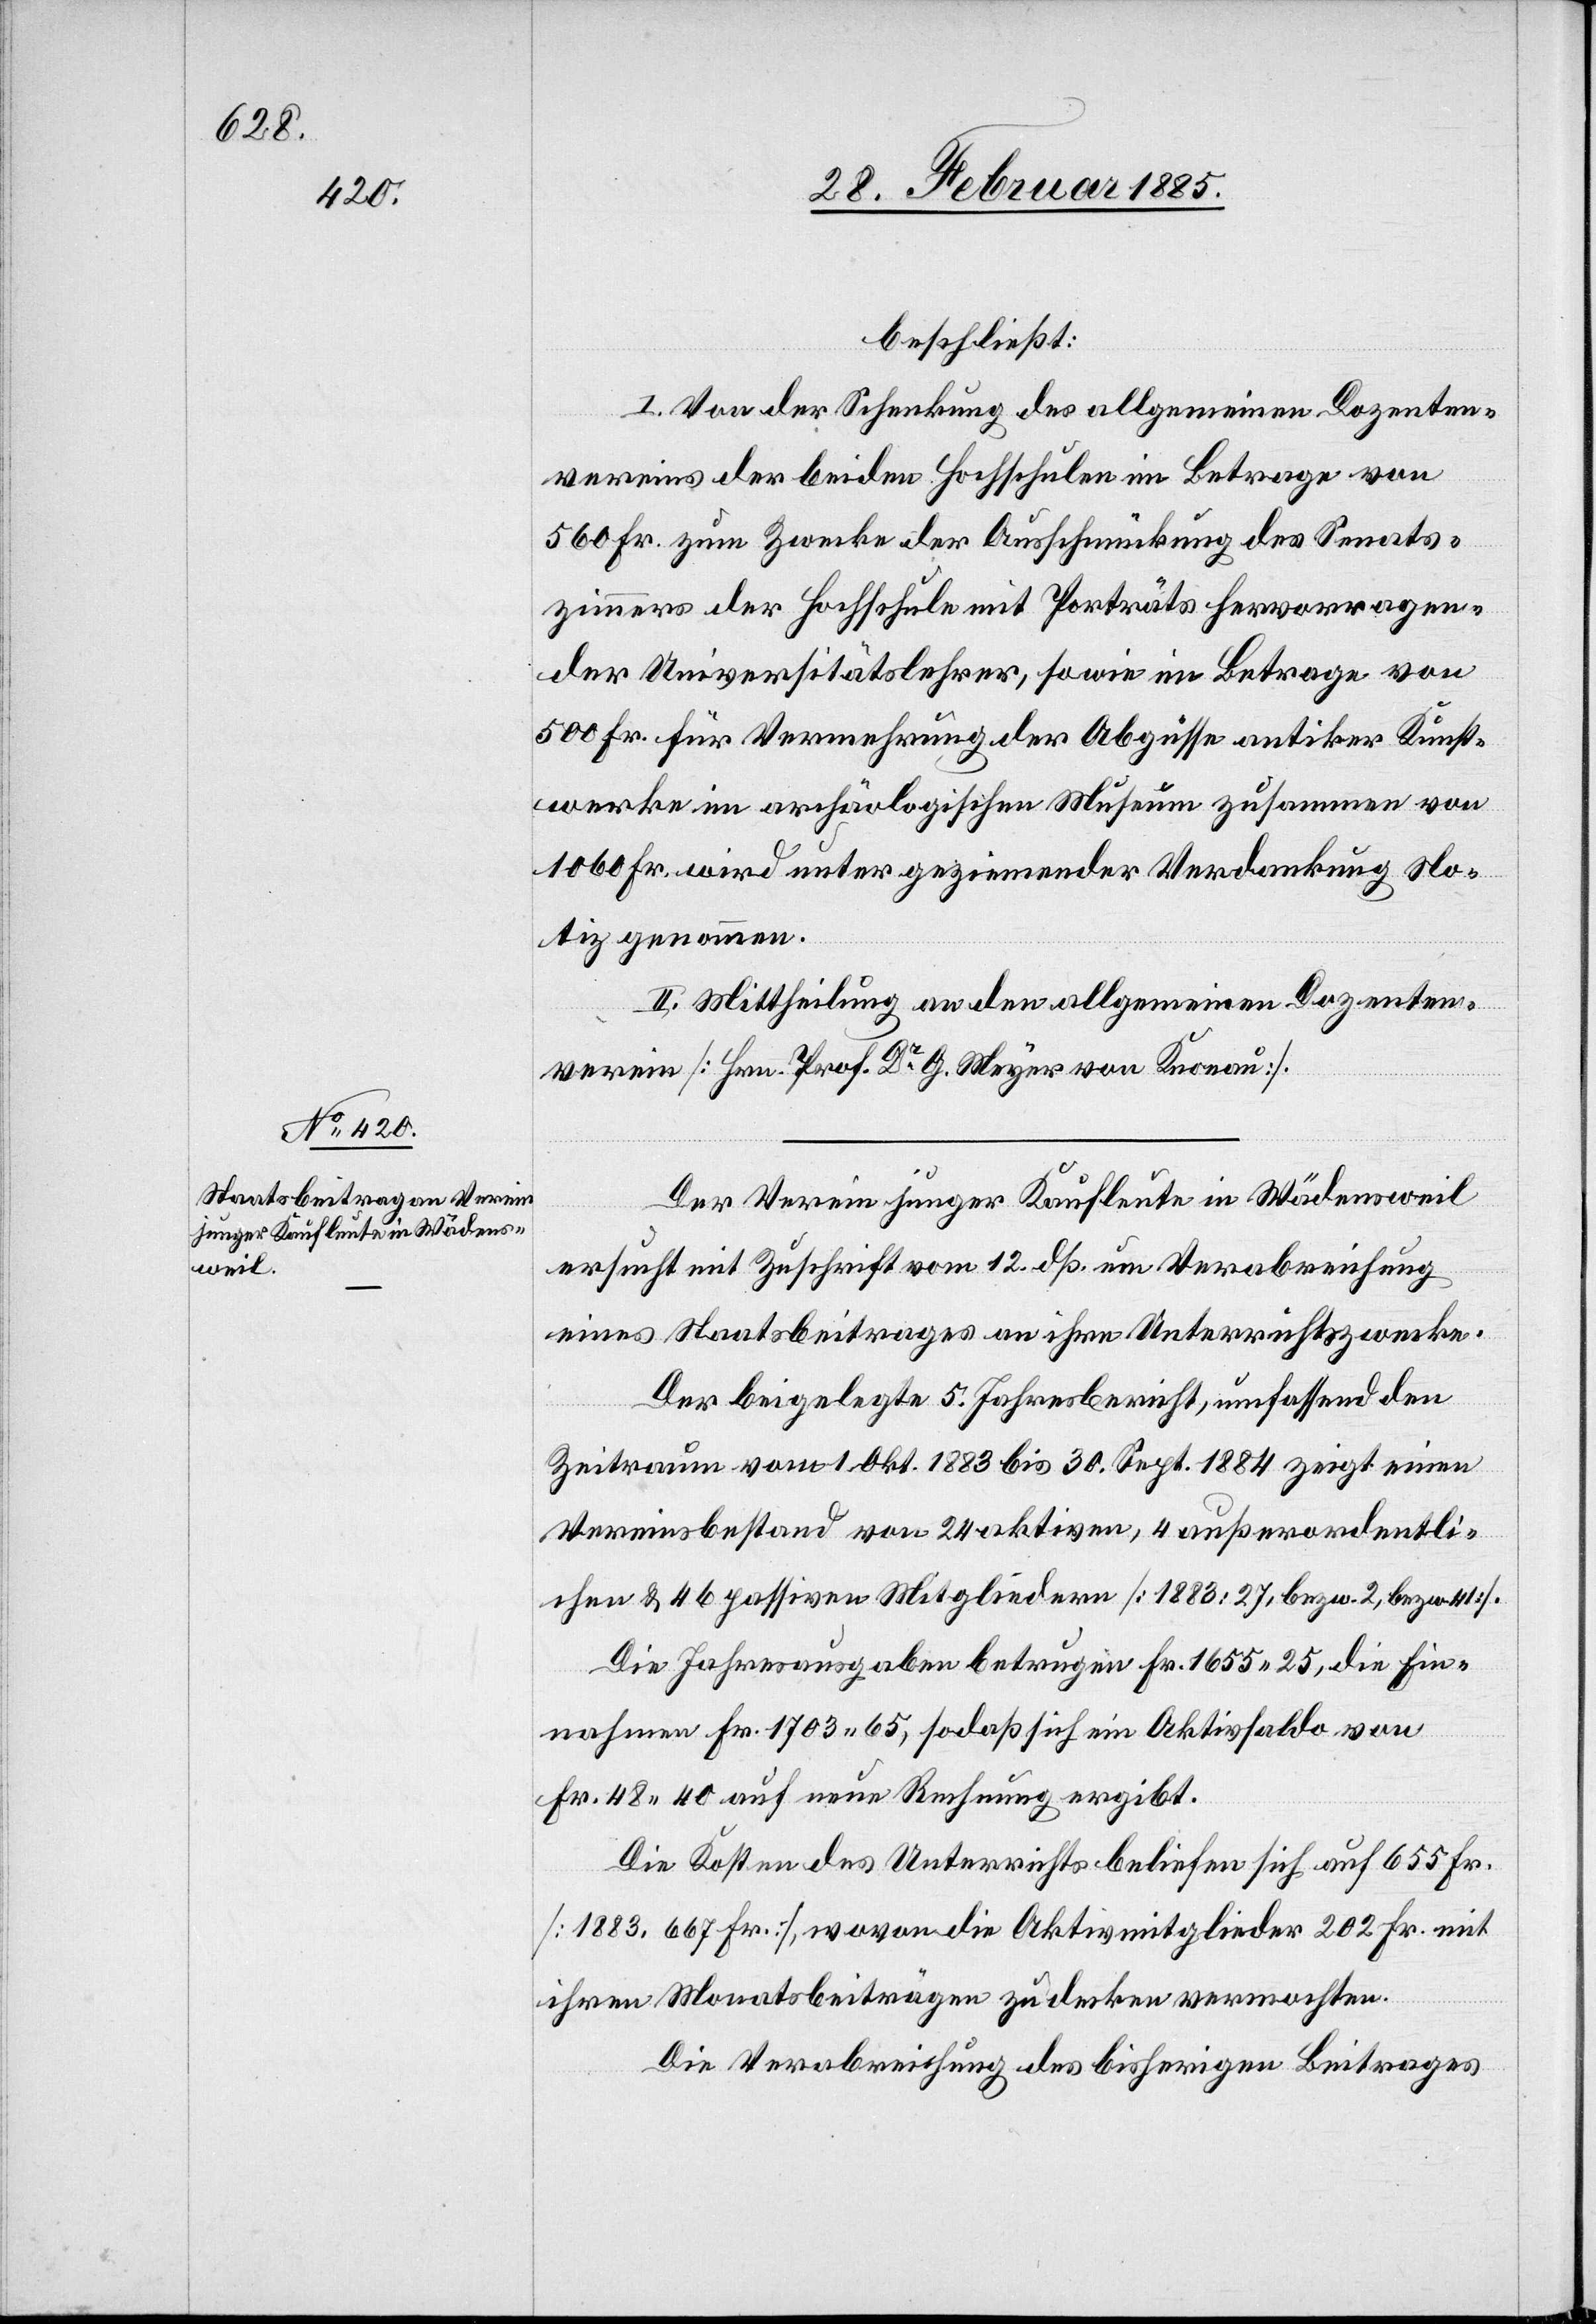
beschließt:
I. Von der Schenkung des allgemeinen Dozenten¬
vereins der beiden Hochschulen im Betrage von
560 Fr. zum Zwecke der Ausschmückung des Senats¬
zimmers der Hochschule mit Porträts hervorragen¬
der Universitätslehrer, sowie im Betrage von
500 Fr. für Vermehrung der Abgüsse antiker Kunst¬
werke im archäologischen Museum zusammen von
1060 Fr. wird unter geziemender Verdankung No¬
tiz genommen.
II. Mittheilung an den allgemeinen Dozenten¬
verein [Hrn. Prof. Dr G. Meyer von Knonau].
Der Verein junger Kaufleute in Wädensweil
ersucht mit Zuschrift vom 12. dß. um Verabreichung
eines Staatsbeitrages an ihre Unterrichtszwecke.
Der beigelegte 5. Jahresbericht, umfassend den
Zeitraum vom 1. Okt. 1883 bis 30. Sept. 1884 zeigt einen
Vereinsbestand von 24 aktiven, 4 außerordentli¬
chen & 46 passiven Mitgliedern [1883: 27, bezw. 2, bezw. 41].
Die Jahresausgaben betrugen Fr. 1655 25, die Ein¬
nahmen Fr. 1703 65, sodaß sich ein Aktivsaldo von
Fr. 48 40 auf neue Rechnung ergibt.
Die Kosten des Unterrichts beliefen sich auf 655 Fr.
[1883: 667 Fr.], wovon die Aktivmitglieder 202 Fr. mit
ihren Monatsbeiträgen zu decken vermochten.
Die Verabreichung des bisherigen Beitrages